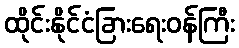
ထိုင်းနိုင်ငံခြားရေးဝန်ကြီး